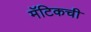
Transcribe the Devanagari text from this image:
मॅटिकची